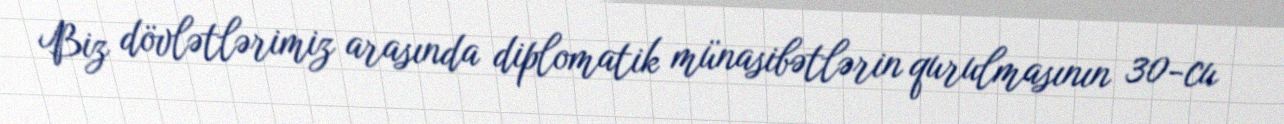
Biz dövlətlərimiz arasında diplomatik münasibətlərin qurulmasının 30-cu